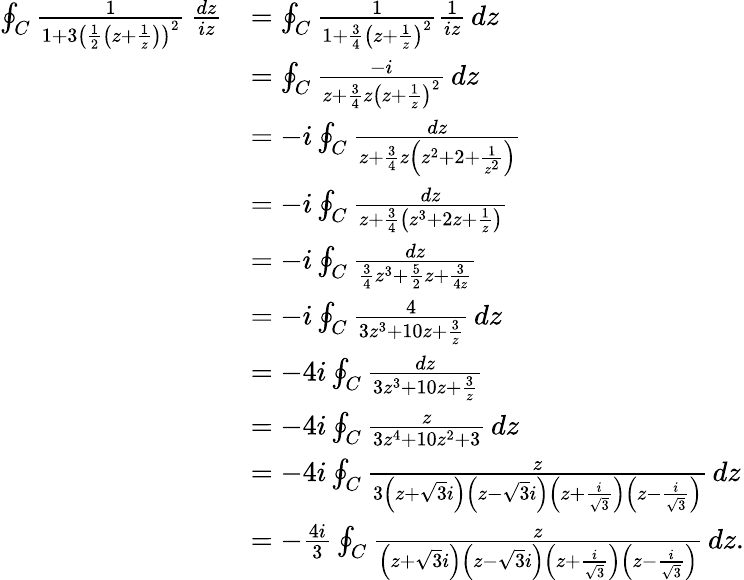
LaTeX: {\begin{array}{rl}{\oint_{C}{\frac{1}{1+3\left({\frac{1}{2}}\left(z+{\frac{1}{z}}\right)\right)^{2}}}\, {\frac{dz}{iz}}}&{=\oint_{C}{\frac{1}{1+{\frac{3}{4}}\left(z+{\frac{1}{z}}\right)^{2}}}{\frac{1}{iz}}\, dz}\\ &{=\oint_{C}{\frac{-i}{z+{\frac{3}{4}}z\left(z+{\frac{1}{z}}\right)^{2}}}\, dz}\\ &{=-i\oint_{C}{\frac{dz}{z+{\frac{3}{4}}z\left(z^{2}+2+{\frac{1}{z^{2}}}\right)}}}\\ &{=-i\oint_{C}{\frac{dz}{z+{\frac{3}{4}}\left(z^{3}+2z+{\frac{1}{z}}\right)}}}\\ &{=-i\oint_{C}{\frac{dz}{{\frac{3}{4}}z^{3}+{\frac{5}{2}}z+{\frac{3}{4z}}}}}\\ &{=-i\oint_{C}{\frac{4}{3z^{3}+10z+{\frac{3}{z}}}}\, dz}\\ &{=-4i\oint_{C}{\frac{dz}{3z^{3}+10z+{\frac{3}{z}}}}}\\ &{=-4i\oint_{C}{\frac{z}{3z^{4}+10z^{2}+3}}\, dz}\\ &{=-4i\oint_{C}{\frac{z}{3\left(z+{\sqrt{3}}i\right)\left(z-{\sqrt{3}}i\right)\left(z+{\frac{i}{\sqrt{3}}}\right)\left(z-{\frac{i}{\sqrt{3}}}\right)}}\, dz}\\ &{=-{\frac{4i}{3}}\oint_{C}{\frac{z}{\left(z+{\sqrt{3}}i\right)\left(z-{\sqrt{3}}i\right)\left(z+{\frac{i}{\sqrt{3}}}\right)\left(z-{\frac{i}{\sqrt{3}}}\right)}}\, dz.}\end{array}}